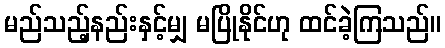
မည်သည့်နည်းနှင့်မျှ မပြိုနိုင်ဟု ထင်ခဲ့ကြသည်။